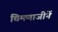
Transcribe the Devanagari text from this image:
चिमणाजीनें